Eesti_Toorahva_Kommuun, lk 5
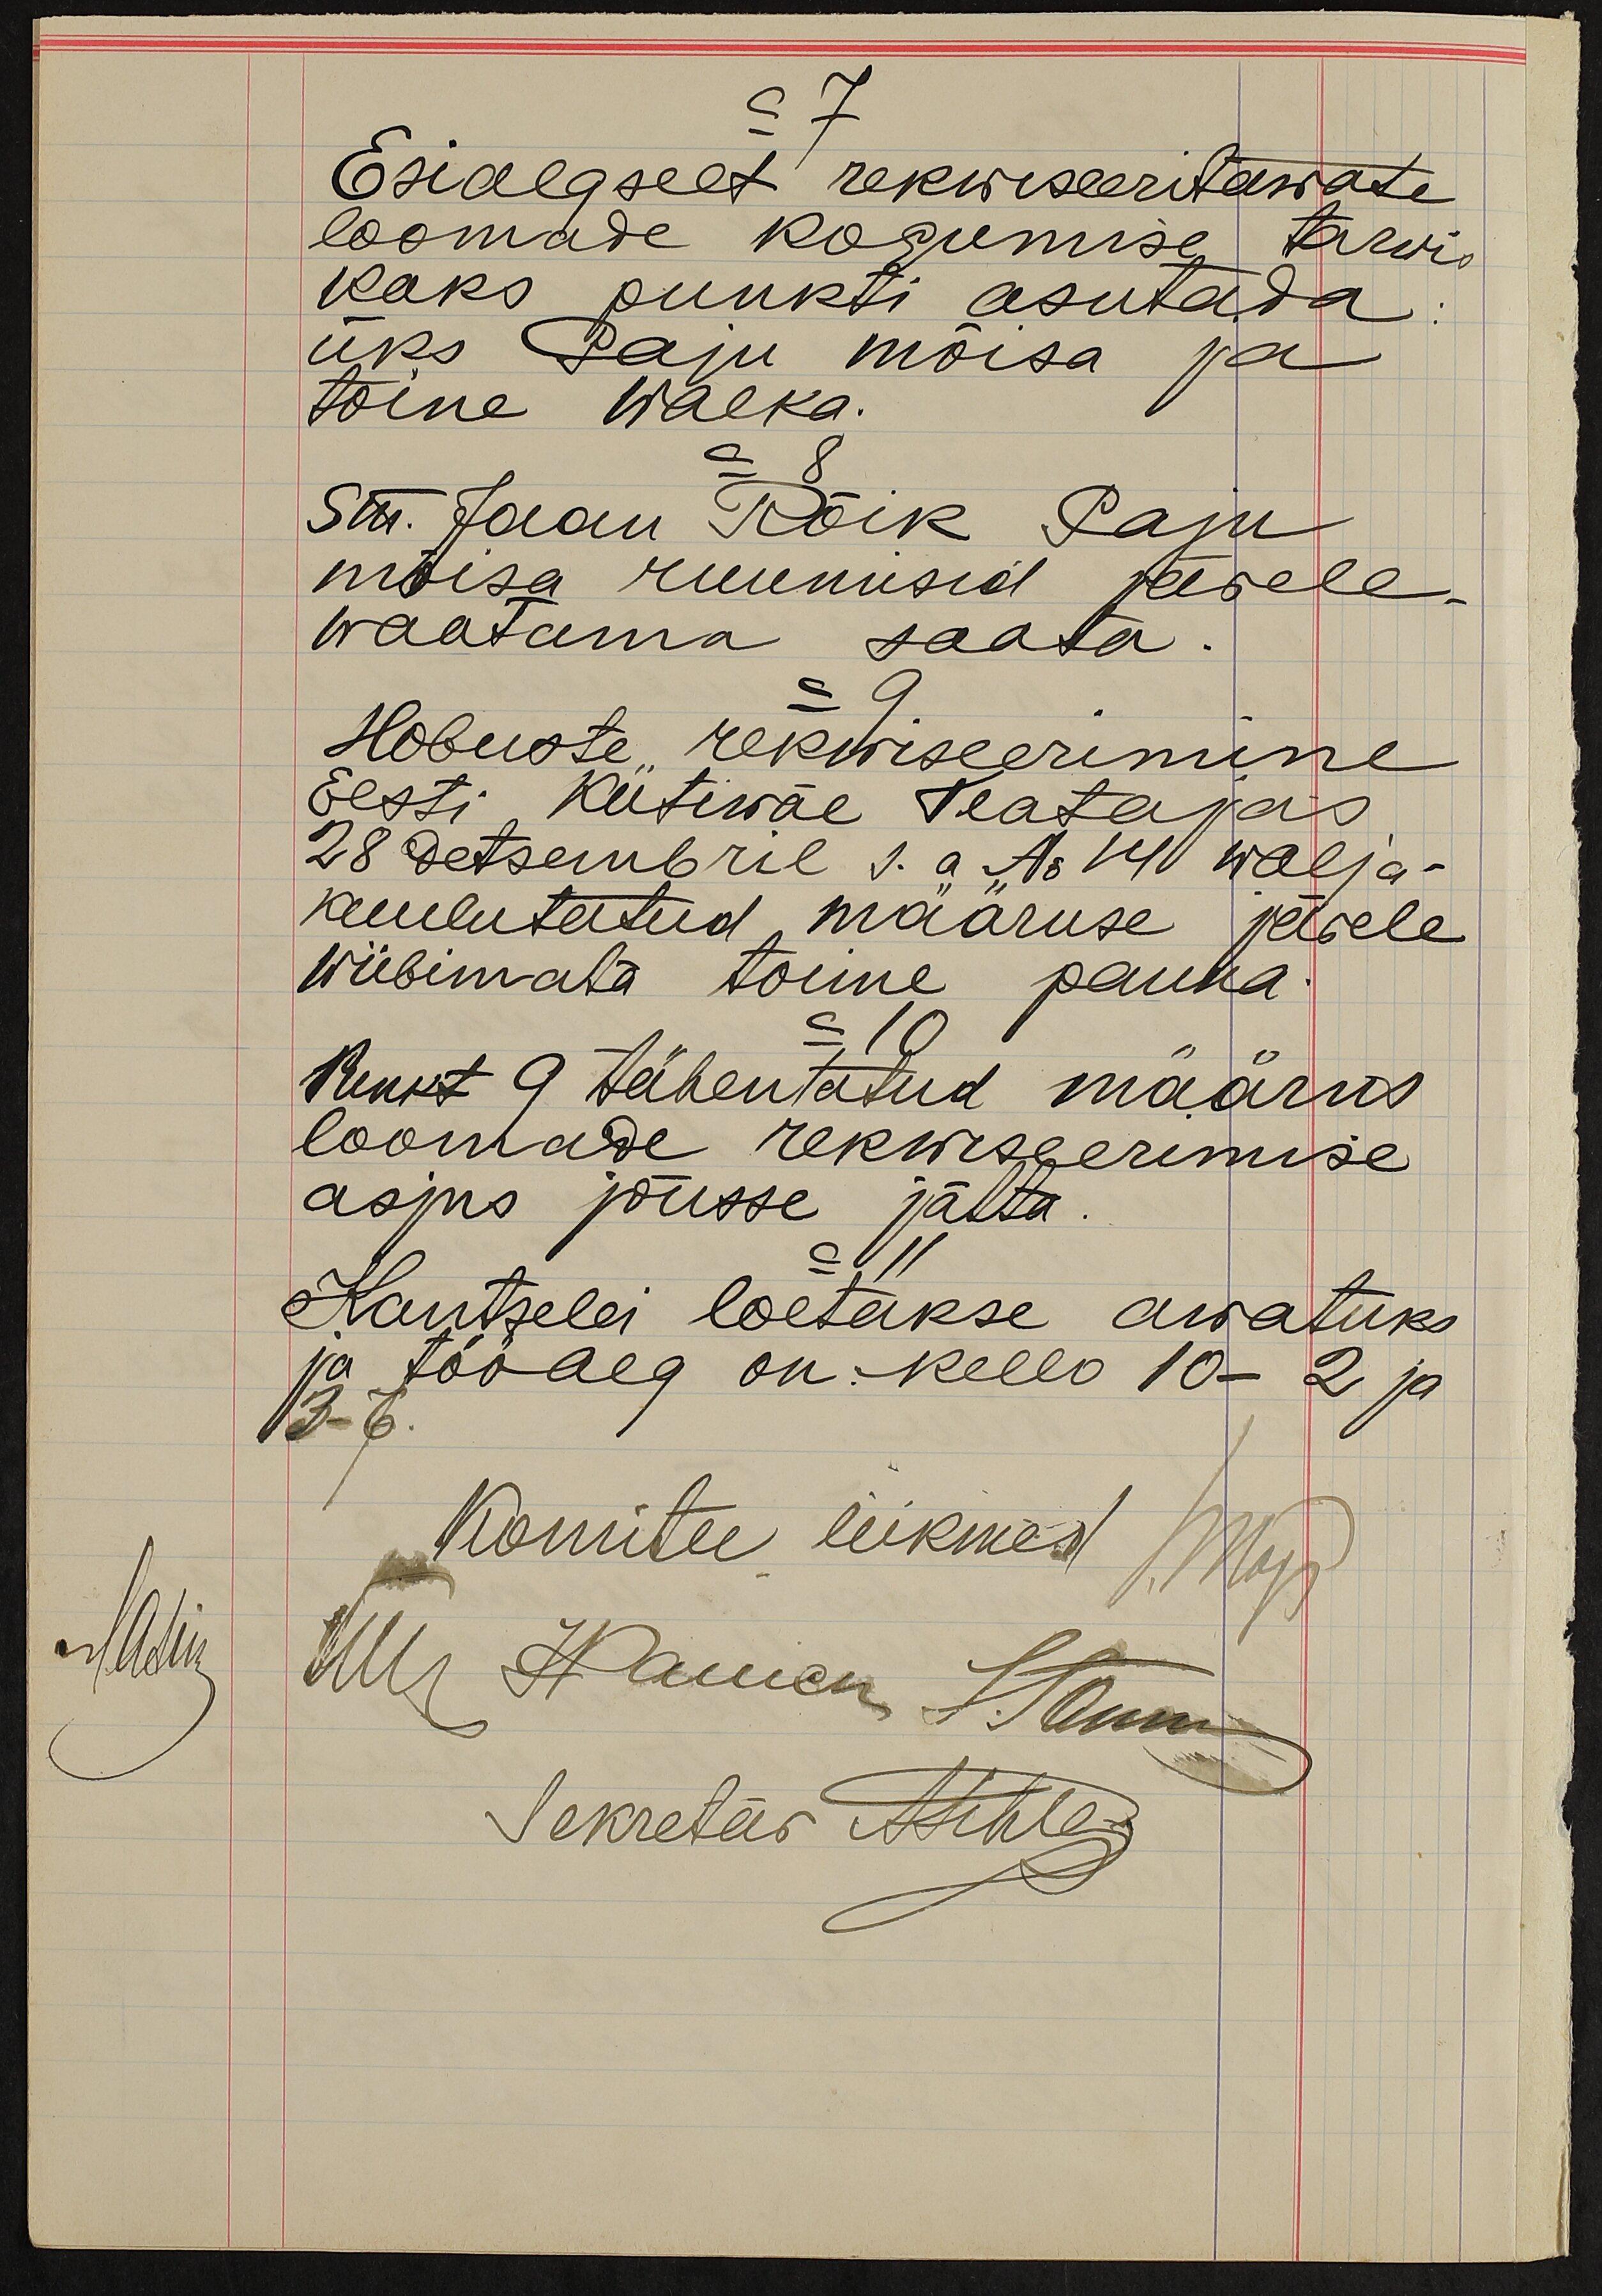
= 7.
Esialgselt rekwiseeritawate
loomade kogumise tarwis
kaks punkti asutada
üks Paju mõisa ja
toine Walka.
= 8
Sm. Jaan Rõik Paju
mõisa ruumisid järele-
waatama saata
= 9
Hobuste rekwiseerimine
Eesti Kütiwäe Teatajas
28 detsembril s. a. No 14 wälja-
kuulutatud määruse järele
wiibimata toime panna
= 10
Punkt 9 tähentatud määrus
loomade rekwiseerimise
asjus jõusse jätta
= 11
Kantselei loetakse awatuks
ja töö aeg on kell 10- 2 ja
3-6
Komitee liikmed Majas
lasin Ull Hamen Rönn
Sekretär Alhle